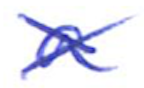
Text: a
Cross-out: cross
Writing tool: ballpoint